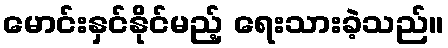
မောင်းနှင်နိုင်မည့် ရေးသားခဲ့သည်။